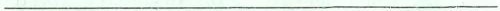
___